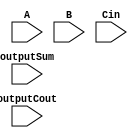
module FullAdder(
    input A,
    input B,
    input Cin,
    outputSum,
    outputCout
);

assign Sum = A ^ B ^ Cin;
assign Cout = (A & B) | (Cin & (A ^ B));

endmodule